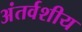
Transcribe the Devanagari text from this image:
अंतर्वशीय